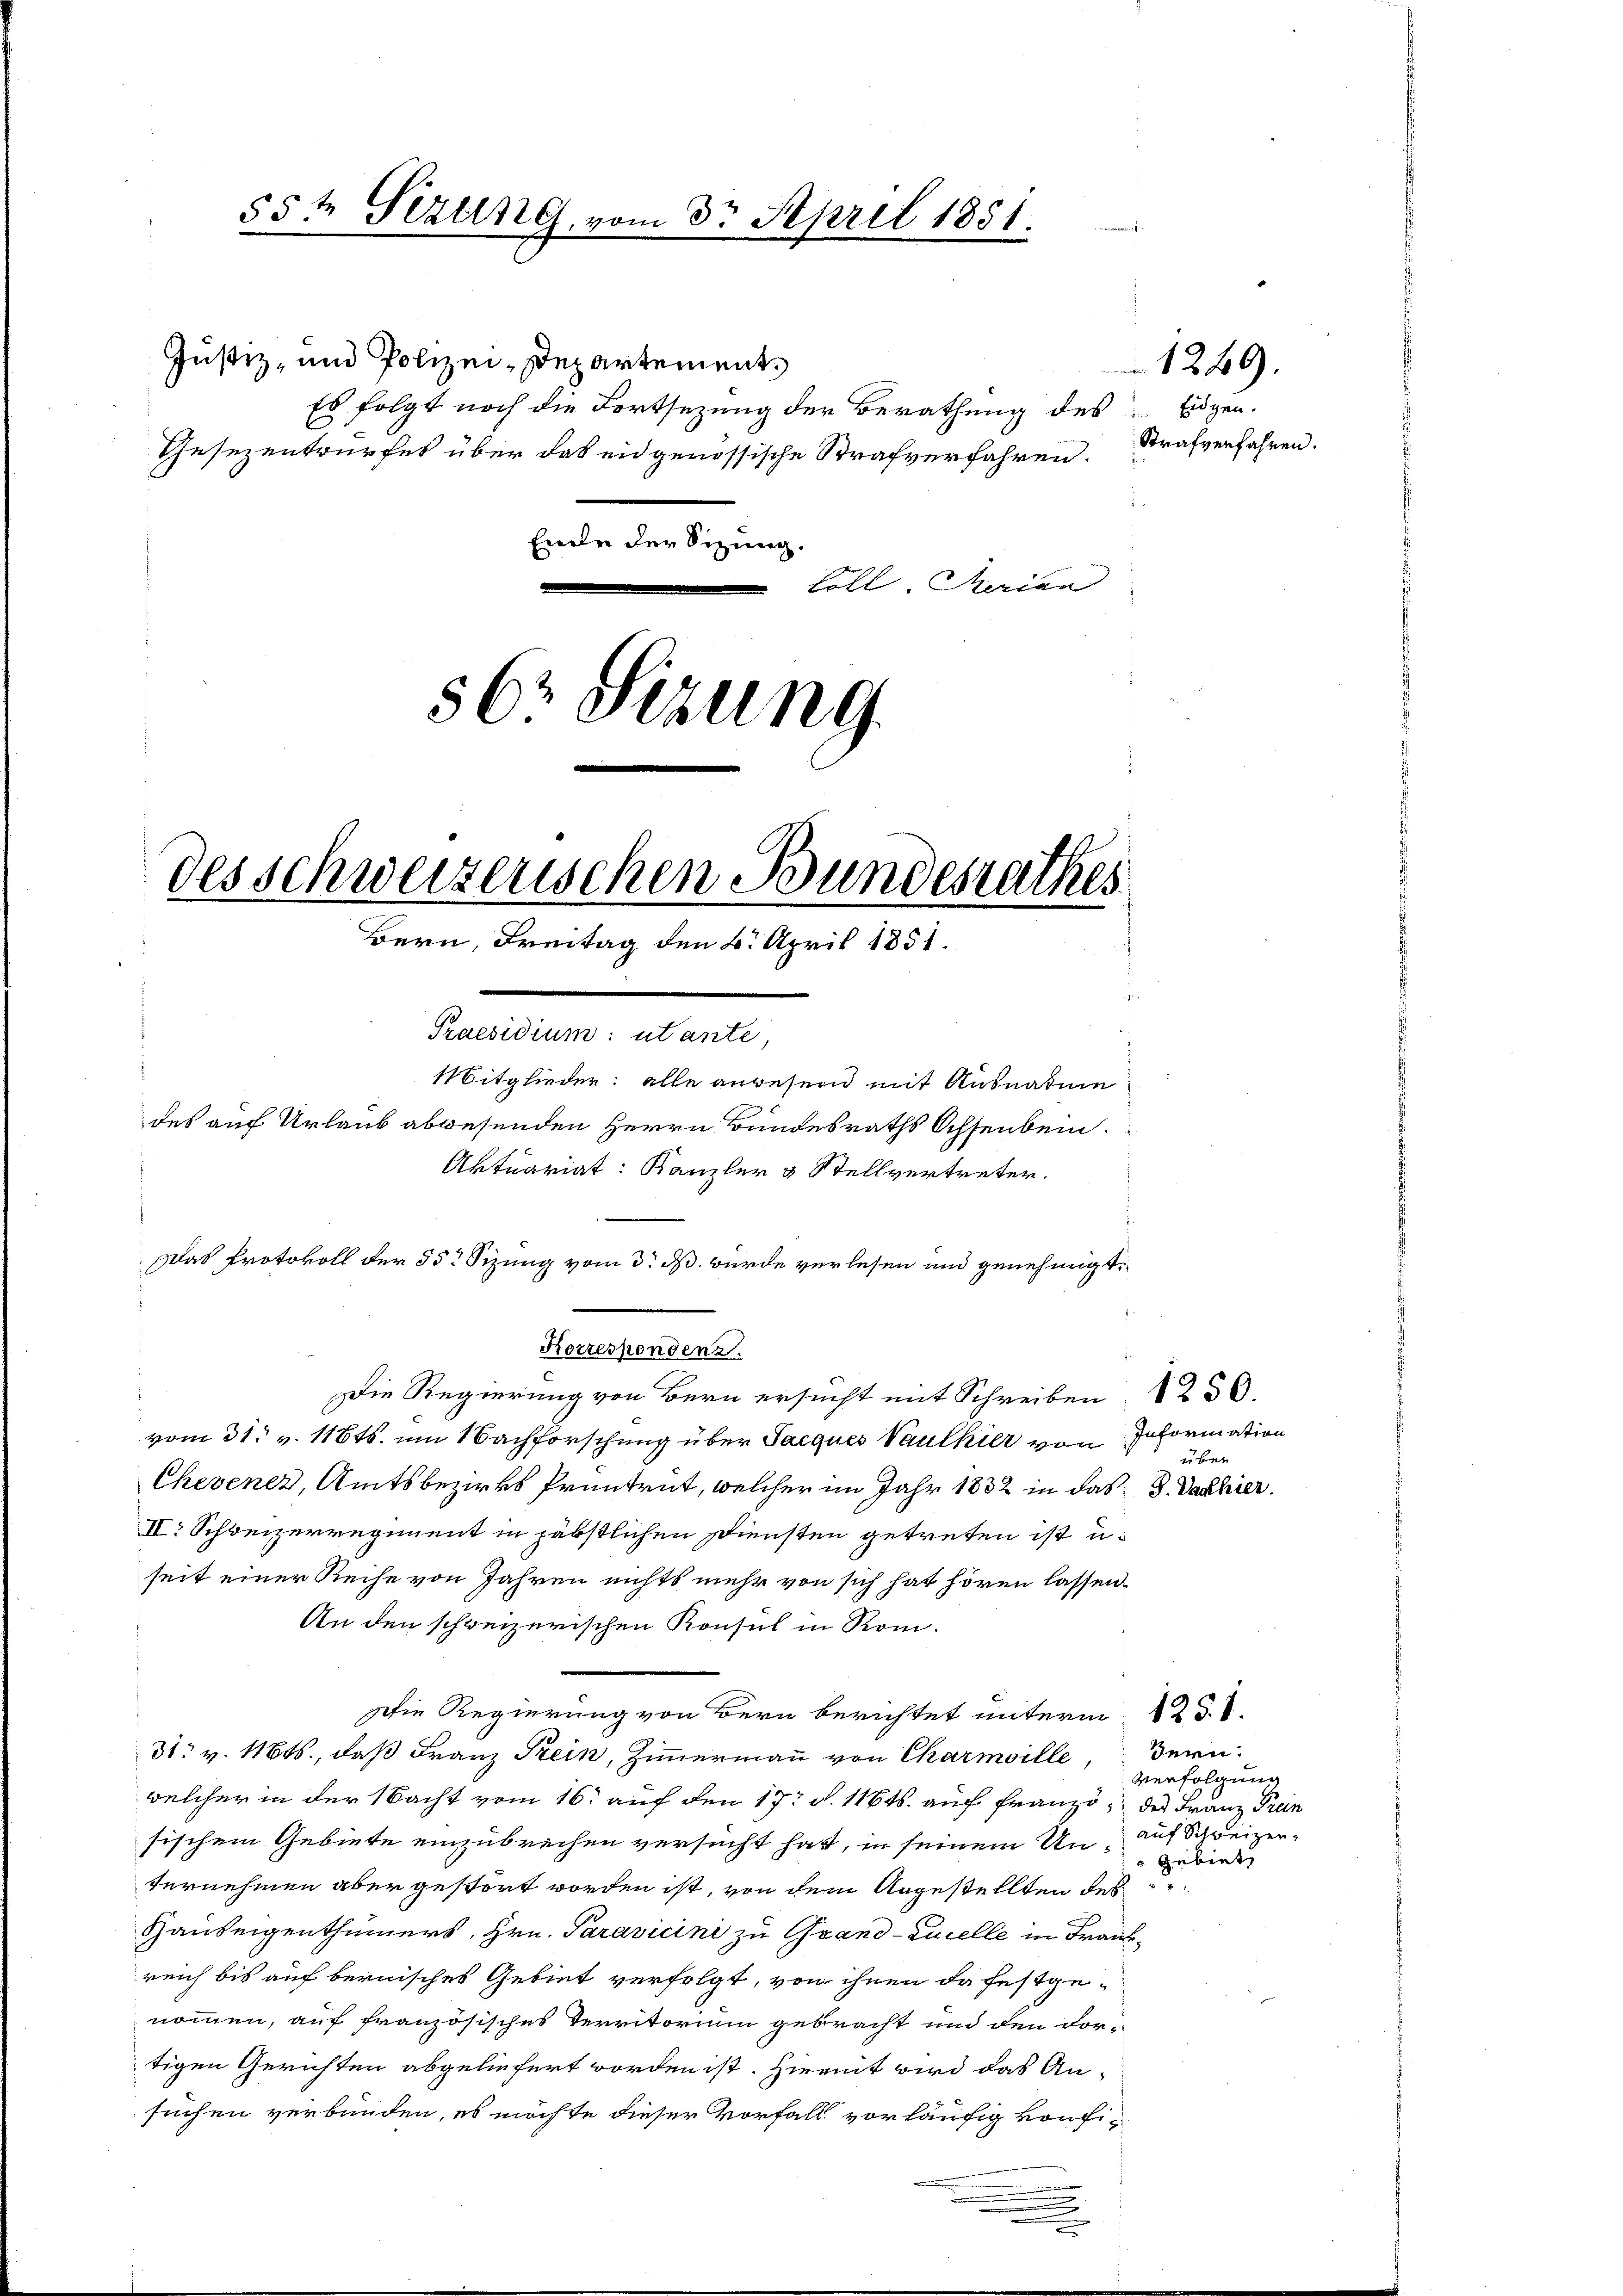
Justiz- und Polizei-Departement
Es folgt noch die Fortsezung der Berathung des Eigen.
Gesezentrurfes über das eidgenössische Strafverfahren.
Ende der Sizung.
Loll. Marian
56 Sizung

55t Sezung

3. April 1851.

des schweizerischen Bundesrathes
Bern, Freitag den 6. April 1851.
Bunden
Mitglieder: alle angesend mit Ausnahmen
des auf Urlaub abwesenden Herrn Bundesraths Ochsenbein.
Aktuariat: Kanzler & Stellvertreter.
das Protokoll der 55 Sizung vom 3. ds. wurde verlesen und genehmigt.

Die Regierung von Bern ersucht mit Schreiben 1239.
vom 31. v. 118ts. um Nachforschung über Jacques Vaulhier von
Chevenez, Amtsbezirks Pruntrut, welcher im Jahr 1832 in das 3. Dachier
II: Schweizerregiment in päbstlichen Diensten getreten ist u.
seit einer Reihe von Jahren nichts mehr von sich hat hören lassen.
An den schweizerischen Konsul in Rom.
Die Regierung von Bern berichtet unterm 12.
31. v. 16t., daß Franz Frein, Zimmermann von Charmoille, dern
welcher in der Nacht vom 16. auf den 17. d. 116ts. auch Franz des Franz Prun
sischem Gebiete einzubrechen versucht hat, in seinem Un- auf Schweizer-
ternehmen aber gestört worden ist, von dem Angestellten des
Hauseigenthümers, Hrn. Paravicini zu Grand-Zucelle in Frankreich bis auf bernisches Gebiet verfolgt, von ihnen da festgenommen, auf französisches Territorium gebracht und den vori
tigen Gerichten abgeliefert worden ist. Hiemit wird das An-
suchen verbunden, es möchte dieser Vorfall vorläufig konfi¬

Korrespendenz.

Strafverfahren.

1240

Information
über

Verfolgung
 Gebiet